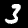
Label: 3